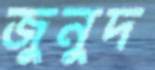
জুনুদ